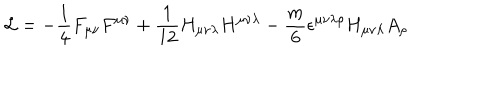
{ \cal L } = - \frac { 1 } { 4 } F _ { \mu \nu } F ^ { \mu \nu } + \frac { 1 } { 1 2 } H _ { \mu \nu \lambda } H ^ { \mu \nu \lambda } - \frac { m } { 6 } \epsilon ^ { \mu \nu \lambda \rho } H _ { \mu \nu \lambda } A _ { \rho }